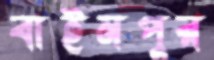
বাইমপুর